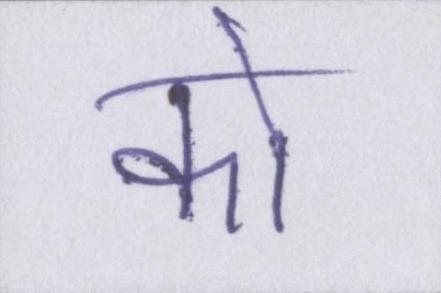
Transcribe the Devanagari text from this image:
को